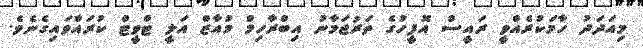
މިއަދަދު ހާމަކުރެއްވީ ރައީސް އޮފީހުގެ ތަރުޖަމާނު އިބްރާހިމް މުއާޒް އަލީ ޓްވީޓް ކުރައްވައިގެނެވެ.